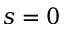
s = 0